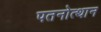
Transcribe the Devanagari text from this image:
पतनोत्थान